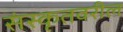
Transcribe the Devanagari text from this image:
संस्कृतवरील